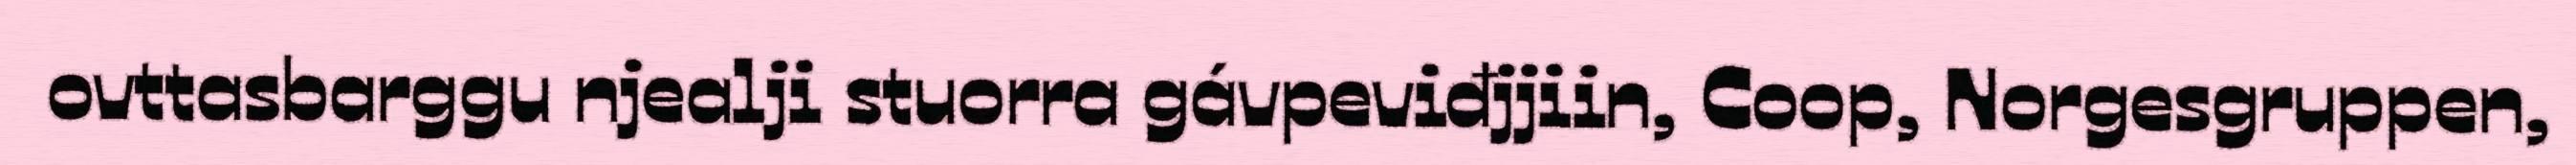
ovttasbarggu njealji stuorra gávpeviđjjiin, Coop, Norgesgruppen,